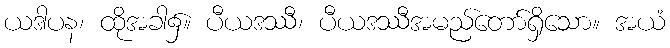
ယဒါပန၊ ထိုအခါ၌။ ပီယဒဿီ၊ ပီယဒဿီအမည်တော်ရှိသော။ အယံ